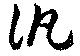
汎